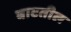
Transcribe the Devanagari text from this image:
बाटतील